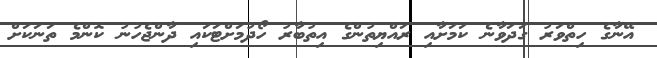
އޭނާގެ ހިތްވަރު ގަދަވާނެ ކަމަށާއި ރައްޔިތުންގެ އިތުބާރު ހޯދުމަށްޓަކައި ދާންޖެހުނު ކޮންމެ ތަނަކަށް